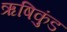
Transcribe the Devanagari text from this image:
ऋषिकुंड